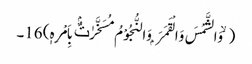
( ۙ وَالشَّمْسَ وَالْقَمَرَ ۭ وَالنُّجُوْمُ مُسَخَّرٰتٌۢ بِاَمْرِہٖ) 16۔